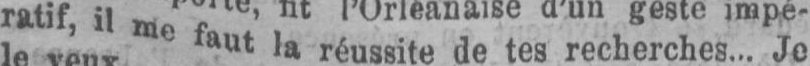
ratif, il me faut la réussite de tes recherches... Je